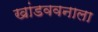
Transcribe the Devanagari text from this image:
खांडववनाला